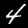
Label: 4